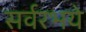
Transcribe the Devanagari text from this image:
सर्वरभये